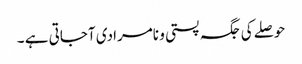
حوصلے کی جگہ پستی و نامرادی آجاتی ہے ۔